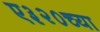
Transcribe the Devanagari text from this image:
ए३२०च्या